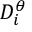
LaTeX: D _ { i } ^ { \theta }